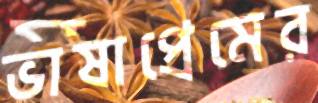
ভাষাপ্রেমের